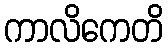
ကာလိကေတိ